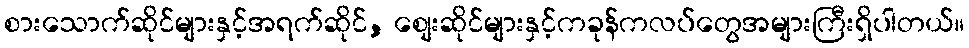
စားသောက်ဆိုင်များနှင့်အရက်ဆိုင်, စျေးဆိုင်များနှင့်ကခုန်ကလပ်တွေအများကြီးရှိပါတယ်။